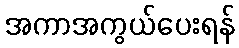
အကာအကွယ်ပေးရန်